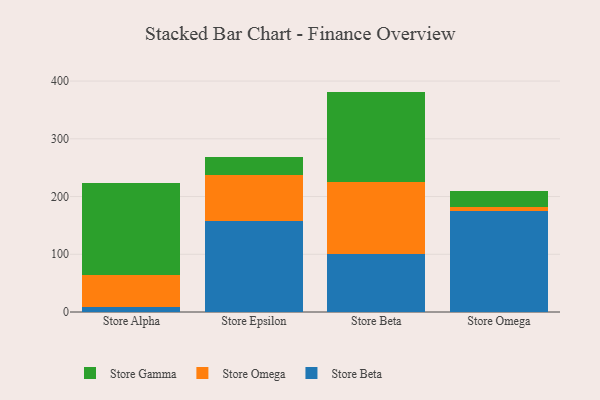
{"axis": {"x": "Store", "y": "Page Views"}, "legend": ["Store Beta", "Store Gamma", "Store Omega"], "data": [{"x": "Store Alpha", "y": 7.9, "type": "Store Beta"}, {"x": "Store Alpha", "y": 56.7, "type": "Store Omega"}, {"x": "Store Alpha", "y": 158.6, "type": "Store Gamma"}, {"x": "Store Epsilon", "y": 157.0, "type": "Store Beta"}, {"x": "Store Epsilon", "y": 80.7, "type": "Store Omega"}, {"x": "Store Epsilon", "y": 31.2, "type": "Store Gamma"}, {"x": "Store Beta", "y": 100.6, "type": "Store Beta"}, {"x": "Store Beta", "y": 124.4, "type": "Store Omega"}, {"x": "Store Beta", "y": 156.8, "type": "Store Gamma"}, {"x": "Store Omega", "y": 174.9, "type": "Store Beta"}, {"x": "Store Omega", "y": 7.3, "type": "Store Omega"}, {"x": "Store Omega", "y": 27.3, "type": "Store Gamma"}]}